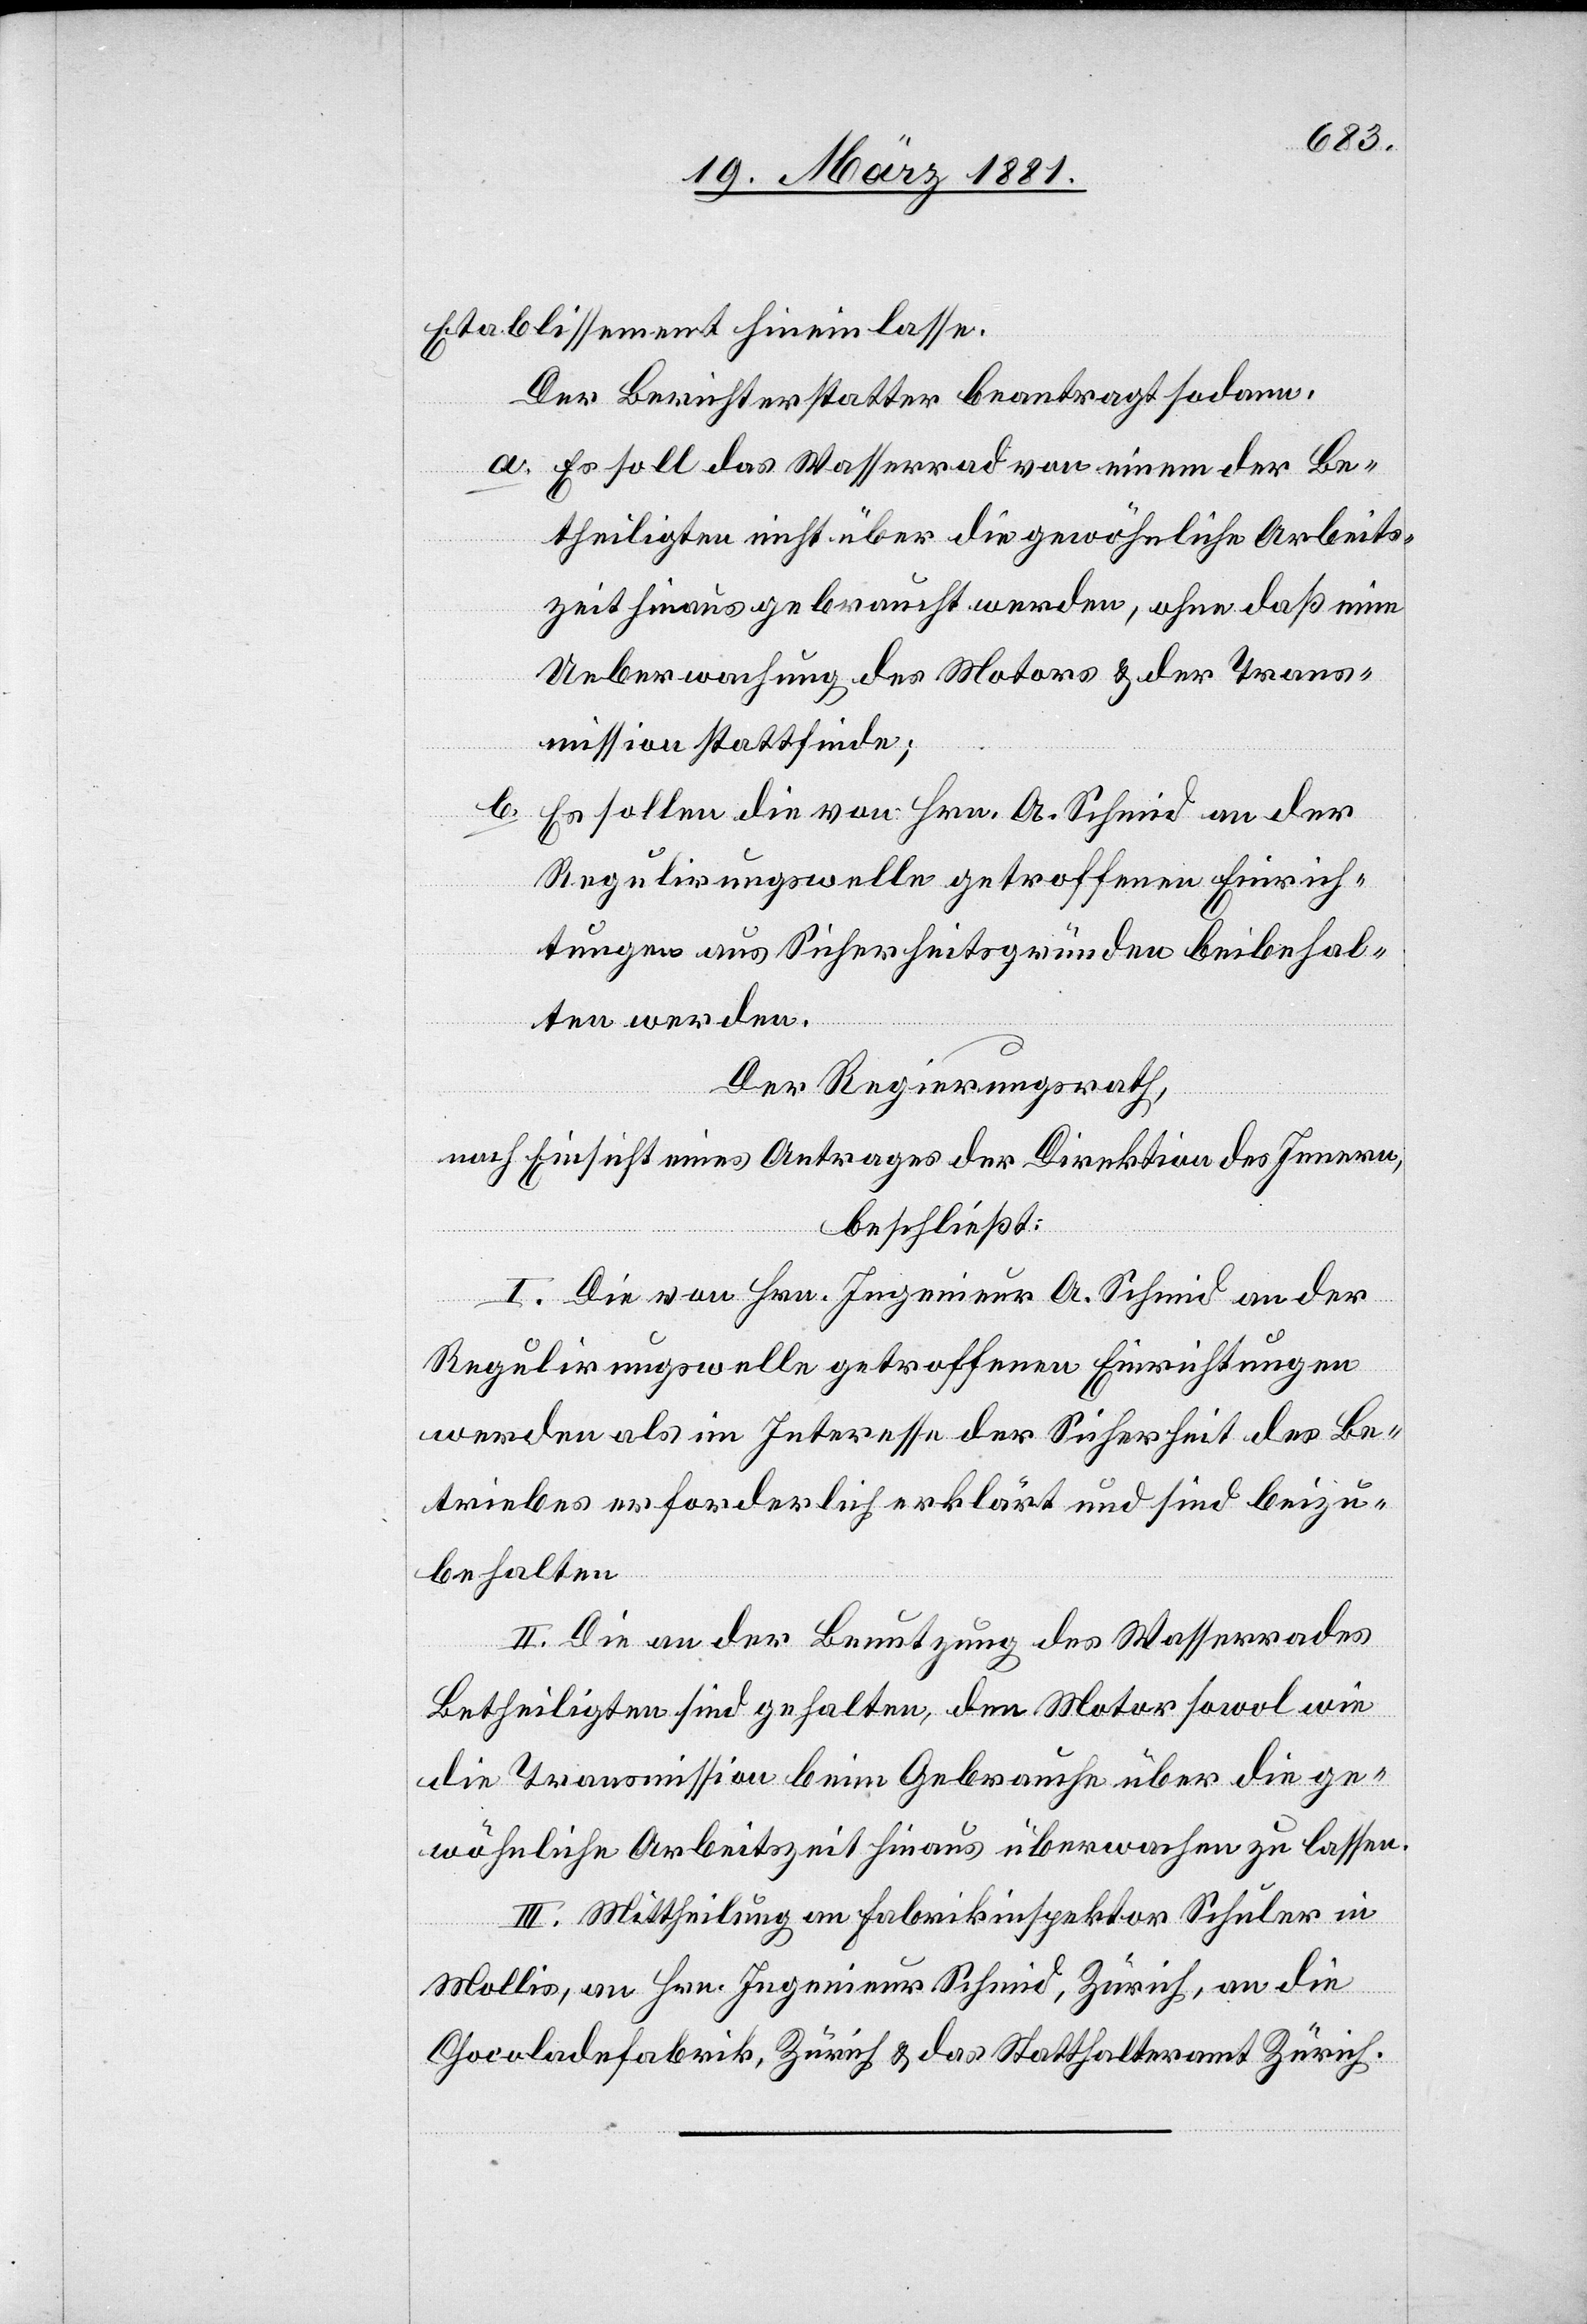
Etablissement hineinlasse.
Der Berichterstatter beantragt sodann:
a. Es soll das Wasserrad von einem der Be¬
theiligten nicht über die gewöhnliche Arbeits¬
zeit hinaus gebraucht werden, ohne daß eine
Ueberwachung des Motors & der Trans¬
mission stattfinde;
b.
Es sollen die von Hrn. A. Schmid an der
Regulirungswelle getroffenen Einrich¬
tungen aus Sicherheitsgründen beibehal¬
ten werden.
Der Regierungsrath,
nach Einsicht eines Antrages der Direktion des Innern,
beschließt:
I. Die von Hrn. Ingenieur A. Schmid an der
Regulirungswelle getroffenen Einrichtungen
werden als im Interesse der Sicherheit des Be¬
triebes erforderlich erklärt und sind beizu¬
behalten.
II. Die an der Benutzung des Wasserrades
Betheiligten sind gehalten, den Motor sowol wie
die Transmission beim Gebrauche über die ge¬
wöhnliche Arbeitszeit hinaus überwachen zu lassen.
III. Mittheilung an Fabrikinspektor Schuler in
Mollis, an Hrn. Ingenieur Schmid, Zürich, an die
Chocoladefabrik, Zürich & das Statthalteramt Zürich.